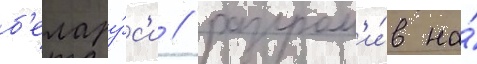
б'елару́с'и / разгром'и́в на́